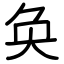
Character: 奂